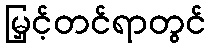
မြှင့်တင်ရာတွင်